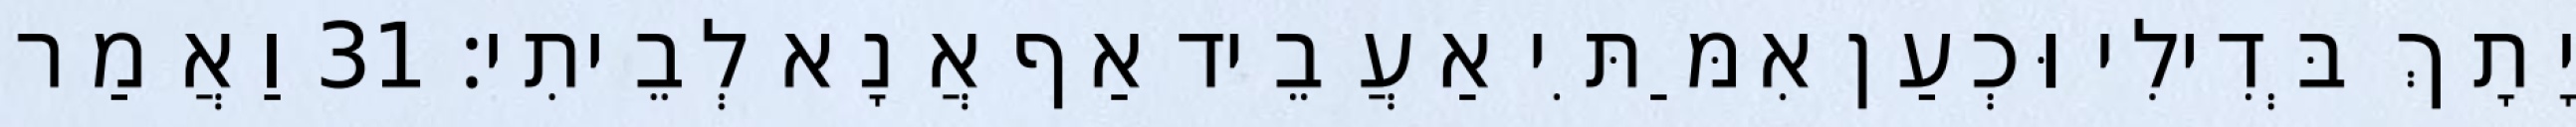
יָתָךְ בְּדִילִי וּכְעַן אִמַּתִּי אַעֲבֵיד אַף אֲנָא לְבֵיתִי׃ 31 וַאֲמַר